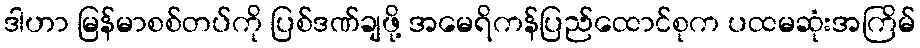
ဒါဟာ မြန်မာစစ်တပ်ကို ပြစ်ဒဏ်ချဖို့ အမေရိကန်ပြည်ထောင်စုက ပထမဆုံးအကြိမ်